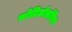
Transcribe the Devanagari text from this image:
कोटिलोसॉरिया